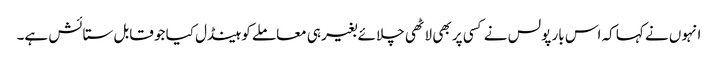
انہوں نے کہا کہ اس بار پولس نے کسی پر بھی لاٹھی چلائے بغیر ہی معاملے کو ہینڈل کیا جو قابل ستائش ہے۔